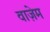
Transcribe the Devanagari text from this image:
वाज़ेम